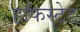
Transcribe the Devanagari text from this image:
हॉफस्टेड